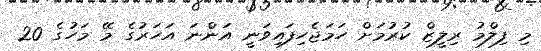
މި ފިލްމު ރިލީޒް ކުރުމަށް ހަމަޖެހިފައިވަނީ އަންނަ އަހަރުގެ މޭ މަހުގެ 20